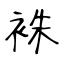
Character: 袾